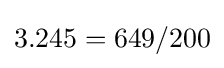
3.245=649/200